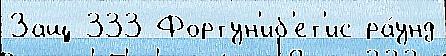
Защ 333 Фортун'иб'ет'ис ра́унд